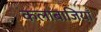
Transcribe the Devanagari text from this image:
कलाबाजियाँ